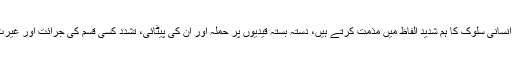
قیدیوں کیساتھ اس طرح وحشت ناک اور غیر انسانی سلوک کا ہم شدید الفاظ میں مذمت کرتے ہیں، دستہ بستہ قیدیوں پر حملہ اور ان کی پیٹائی، تشدد کسی قسم کی جرائت اور غیرت ہے اور نہ ہی انسانی حقوق کی رعایت ہے۔